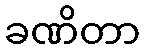
ခဏိတာ